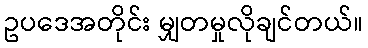
ဥပဒေအတိုင်း မျှတမှုလိုချင်တယ်။